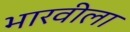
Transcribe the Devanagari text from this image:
भारवीला